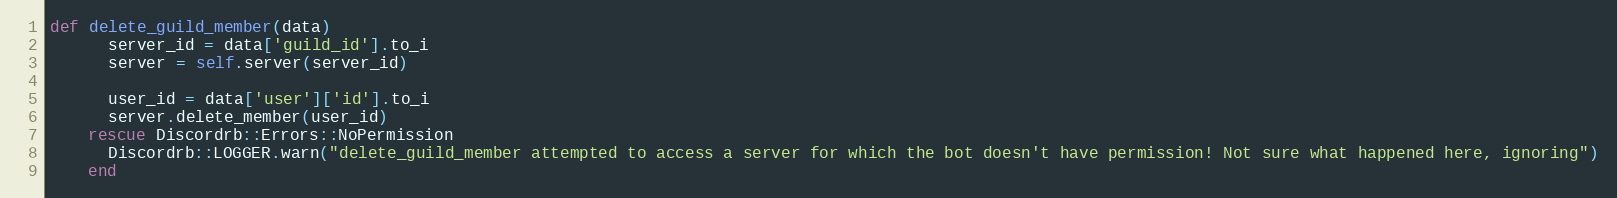
Language: Ruby
def delete_guild_member(data)
      server_id = data['guild_id'].to_i
      server = self.server(server_id)

      user_id = data['user']['id'].to_i
      server.delete_member(user_id)
    rescue Discordrb::Errors::NoPermission
      Discordrb::LOGGER.warn("delete_guild_member attempted to access a server for which the bot doesn't have permission! Not sure what happened here, ignoring")
    end